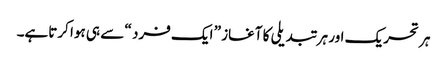
ہر تحریک اور ہر تبدیلی کا آغاز ” ایک فرد “ سے ہی ہوا کرتاہے۔